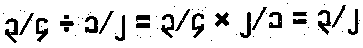
၃/၄ ÷ ၁/၂ = ၃/၄ × ၂/၁ = ၃/၂